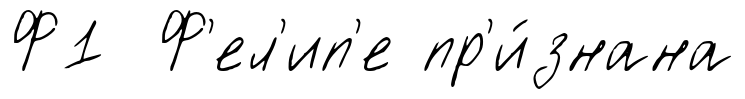
Ф1 Ф'ел'ип'е пр'и́знана